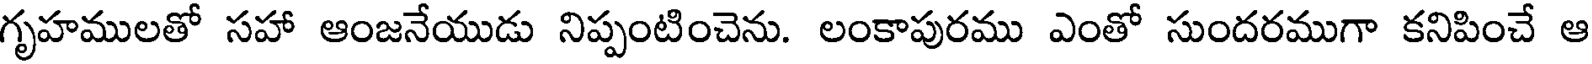
గృహములతో సహా ఆంజనేయుడు నిప్పంటించెను. లంకాపురము ఎంతో సుందరముగా కనిపించే ఆ